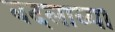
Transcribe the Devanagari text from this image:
बदलाव्या